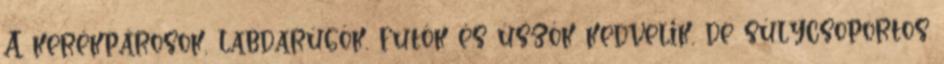
A kerékpárosok, labdarúgók, futók és úszók kedvelik, de súlycsoportos